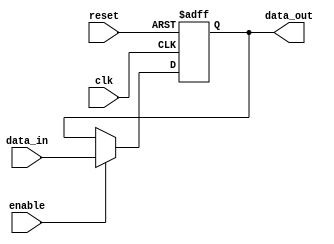
module output_register (
    input wire clk,          // Clock signal
    input wire reset,        // Asynchronous reset signal
    input wire enable,       // Enable signal for capturing data
    input wire [N-1:0] data_in, // Data input from combinational logic
    output reg [N-1:0] data_out // Output register
);
    parameter N = 8; // Parameter for data width

    // Asynchronous reset and synchronous operation
    always @(posedge clk or posedge reset) begin
        if (reset) begin
            data_out <= 0; // Set output to predefined state (zero) on reset
        end else if (enable) begin
            data_out <= data_in; // Capture data on clock edge if enabled
        end
        // If not enabled, retain previous value (no action needed)
    end

endmodule